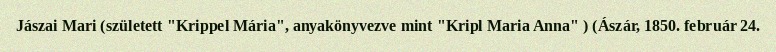
Jászai Mari (született "Krippel Mária", anyakönyvezve mint "Kripl Maria Anna" ) (Ászár, 1850. február 24.